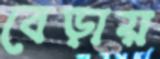
বেড়ায়